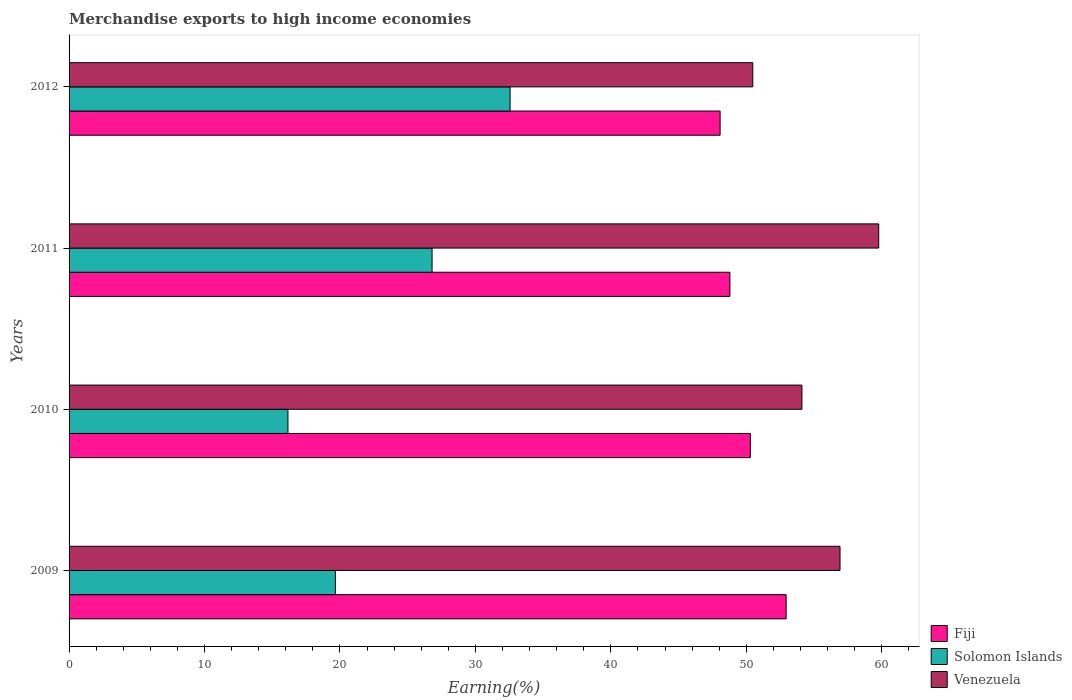
| Years | Fiji | Solomon Islands | Venezuela |
 | --- | --- | --- | --- |
 | 2009 | 52.9 | 19.7 | 56.9 |
 | 2010 | 50.3 | 16.2 | 54.1 |
 | 2011 | 48.8 | 26.8 | 59.8 |
 | 2012 | 48.1 | 32.6 | 50.5 |